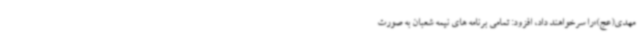
مهدی(عج)»را سرخواهند داد، افزود: تمامی برنامه های نیمه شعبان به صورت